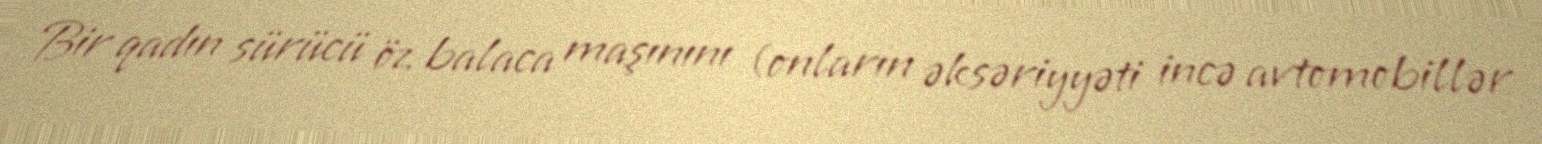
Bir qadın sürücü öz balaca maşınını (onların əksəriyyəti incə avtomobillər